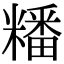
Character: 䊩